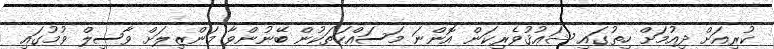
ކުރިއަށް ދިއުމަށް ހިތުގައި ޝަޢުޤުވެރިކަން އޮންނަ މަސައްކަތަކުން ބޭނުންވާ މަންޒިލަށް ވާސިލް ވުމުގައި